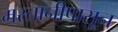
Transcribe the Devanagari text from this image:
मस्तानीपासून